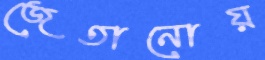
জেতানোয়